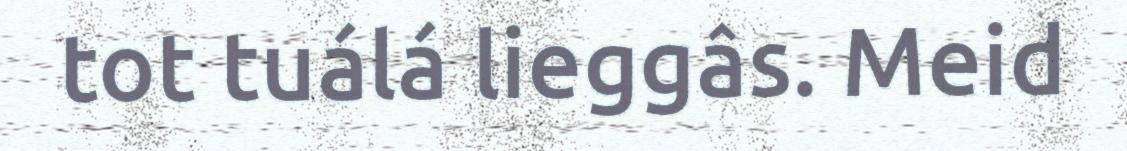
tot tuálá lieggâs. Meid